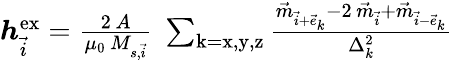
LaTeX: \begin{array}{r}{\boldsymbol{h}_{\vec{i}}^{\mathrm{ex}}=\frac{2\, A}{\mu_{0}\, M_{s,\vec{i}}}\; \sum_{\mathrm{k=x,y,z}}\frac{\vec{m}_{\vec{i}+\vec{e}_{k}}-2\, \vec{m}_{\vec{i}}+\vec{m}_{\vec{i}-\vec{e}_{k}}}{\Delta_{k}^{2}}}\end{array}